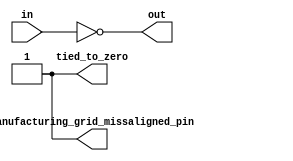
module def_test (
    input wire in,
    output out,
    output tied_to_zero,
    output manufacturing_grid_missaligned_pin
    );
    // We tie this to one, so if def's pin is tied to zero, it will LVS error
    assign tied_to_zero = 1;
    assign manufacturing_grid_missaligned_pin = 1;

    assign out = !in;

endmodule